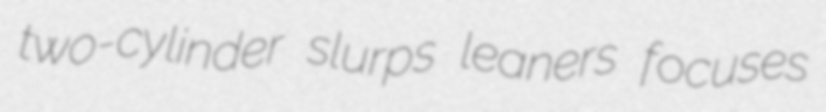
two-cylinder slurps leaners focuses